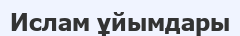
Ислам ұйымдары